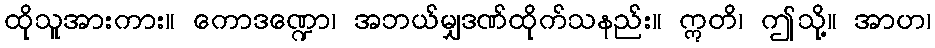
ထိုသူအားကား။ ကောဒဏ္ဍော၊ အဘယ်မျှဒဏ်ထိုက်သနည်း။ ဣတိ၊ ဤသို့။ အာဟ၊